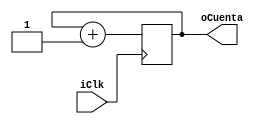
module Contador_4(
	input iClk,
	output [3:0]oCuenta
	);
	
reg [3:0]rCuenta_D = 4'd0;
reg [3:0]rCuenta_Q = 4'd0;

assign oCuenta = rCuenta_Q;

always @ (posedge iClk)
begin
	rCuenta_Q <= rCuenta_D;
end

always @ *
begin
	rCuenta_D = rCuenta_Q + 1'd1;
end

endmodule